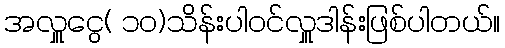
အလှူငွေ( ၁၀)သိန်းပါဝင်လှူဒါန်းဖြစ်ပါတယ်။